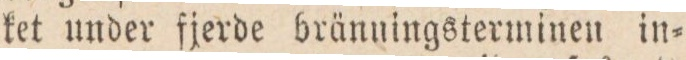
ket under fjerde bränningsterminen in=